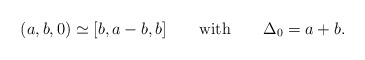
\begin{align*}(a,b,0)\simeq[b,a-b,b]\qquad\mbox{with}\qquad \Delta_0=a+b.\end{align*}